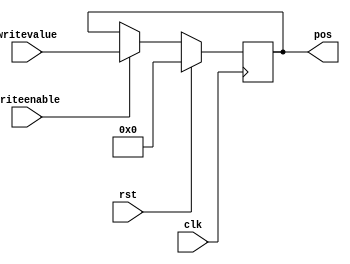
/*
   This file was generated automatically by the Mojo IDE version B1.3.6.
   Do not edit this file directly. Instead edit the original Lucid source.
   This is a temporary file and any changes made to it will be destroyed.
*/

module billy_31 (
    input clk,
    input rst,
    input writeenable,
    input [15:0] writevalue,
    output reg [15:0] pos
  );
  
  
  
  reg [15:0] M_billyposition_d, M_billyposition_q = 1'h0;
  
  always @* begin
    M_billyposition_d = M_billyposition_q;
    
    if (writeenable == 1'h1) begin
      M_billyposition_d = writevalue;
    end else begin
      M_billyposition_d = M_billyposition_q;
    end
    pos = M_billyposition_q;
  end
  
  always @(posedge clk) begin
    if (rst == 1'b1) begin
      M_billyposition_q <= 1'h0;
    end else begin
      M_billyposition_q <= M_billyposition_d;
    end
  end
  
endmodule